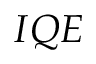
I Q E